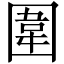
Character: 圍